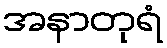
အနာတုရံ